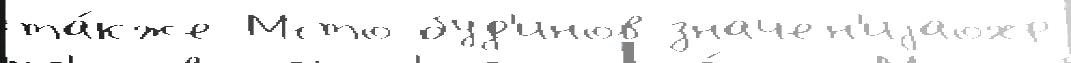
та́кже Мсто буд'инов значен'иjаохр